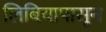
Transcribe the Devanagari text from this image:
लिबियापासून